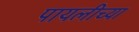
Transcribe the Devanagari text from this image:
पायलीच्या